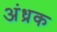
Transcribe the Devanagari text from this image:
अंध्रक